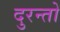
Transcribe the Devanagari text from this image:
दुरन्तो